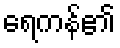
ရေကန်၏